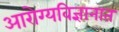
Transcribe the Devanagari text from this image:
आरोग्यविज्ञानात